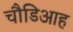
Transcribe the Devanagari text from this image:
चौडिआह